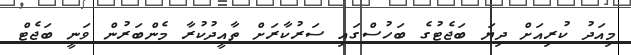
މިއަދު ކުރިއަށް ދިޔަ ބަޖެޓުގެ ބަހުސްގައި ސަރުކާރަށް ތާއީދުކުރާ މެންބަރުން ވަނީ ބަޖެޓް